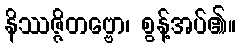
နိဿဇ္ဇိတဗ္ဗော၊ စွန့်အပ်၏။